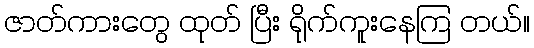
ဇာတ်ကားတွေ ထုတ် ပြီး ရိုက်ကူးနေကြ တယ်။